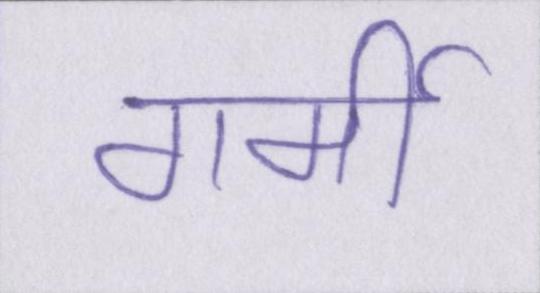
गर्मी